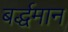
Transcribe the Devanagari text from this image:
बर्द्धमान